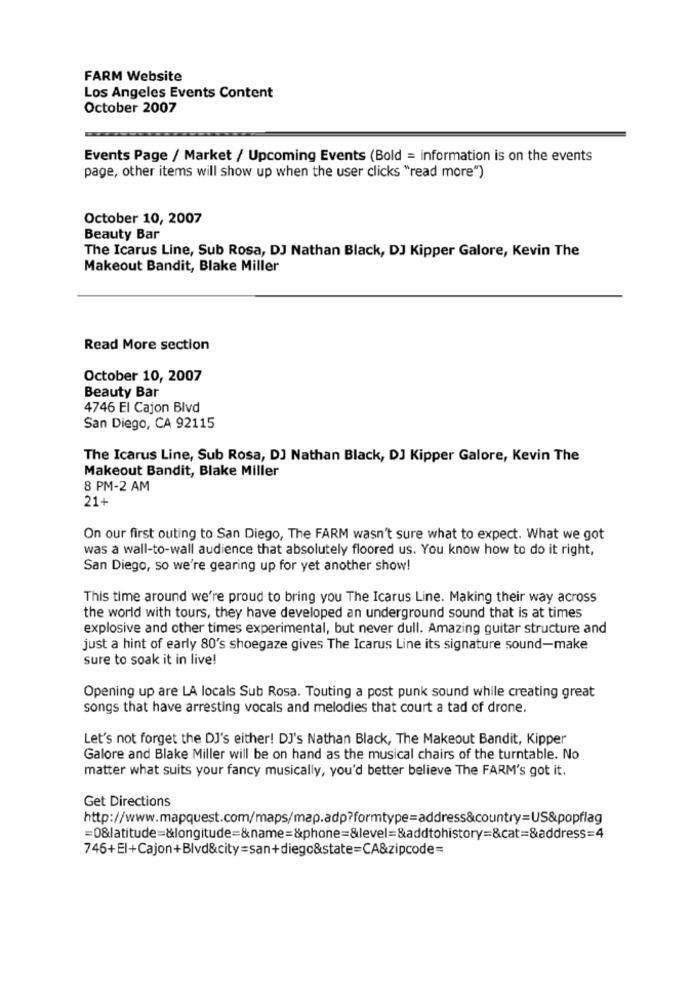
FARM Website
Los Angeles Events Content
October 2007
Events Page / Market / Upcoming Events (Bold = information is on the events
page, other items will show up when the user clicks "read more")
October 10, 2007
Beauty Bar
The Icarus Line, Sub Rosa, DJ Nathan Black, DJ Kipper Galore, Kevin The
Makeout Bandit, Blake Miller
Read More section
October 10, 2007
Beauty Bar
4746 El Cajon Blvd
San Diego, CA 92115
The Icarus Line, Sub Rosa, DJ Nathan Black, DJ Kipper Galore, Kevin The
Makeout Bandit, Blake Miller
8 PM-2 AM
21+
On our first outing to San Diego, The FARM wasn't sure what to expect. What we got
was a wall-to-wall audience that absolutely floored us. You know how to do it right,
San Diego, so we're gearing up for yet another show!
This time around we're proud to bring you The Icarus Line. Making their way across
the world with tours, they have developed an underground sound that is at times
explosive and other times experimental, but never dull. Amazing guitar structure and
just a hint of early 80's shoegaze gives The Icarus Line its signature sound-make
sure to soak it in live!
Opening up are LA locals Sub Rosa. Touting a post punk sound while creating great
songs that have arresting vocals and melodies that court a tad of drone.
Let's not forget the DJ's either! DJ's Nathan Black, The Makeout Bandit, Kipper
Galore and Blake Miller will be on hand as the musical chairs of the turntable. No
matter what suits your fancy musically, you'd better believe The FARM's got it.
Get Directions
http://www.mapquest.com/maps/map.adp?formtype=address&country=US&popflag
=0&latitude=&longitude=&name=&phone=&level=&addtohistory=&cat=&address=4
746+El+Cajon+Blvd&city=san+diego&state=CA&zipcode=